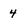
Character: 4